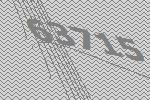
63715